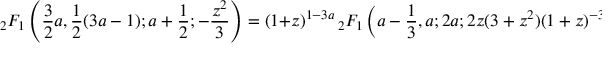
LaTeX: { } _ { 2 } F _ { 1 } \left( { \frac { 3 } { 2 } } a , { \frac { 1 } { 2 } } ( 3 a - 1 ) ; a + { \frac { 1 } { 2 } } ; - { \frac { z ^ { 2 } } { 3 } } \right) = ( 1 + z ) ^ { 1 - 3 a } \, { } _ { 2 } F _ { 1 } \left( a - { \frac { 1 } { 3 } } , a ; 2 a ; 2 z ( 3 + z ^ { 2 } ) ( 1 + z ) ^ { - 3 } \right)